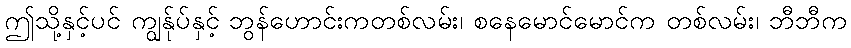
ဤသို့နှင့်ပင် ကျွန်ုပ်နှင့် ဘွန်ဟောင်းကတစ်လမ်း၊ စနေမောင်မောင်က တစ်လမ်း၊ ဘီဘီက